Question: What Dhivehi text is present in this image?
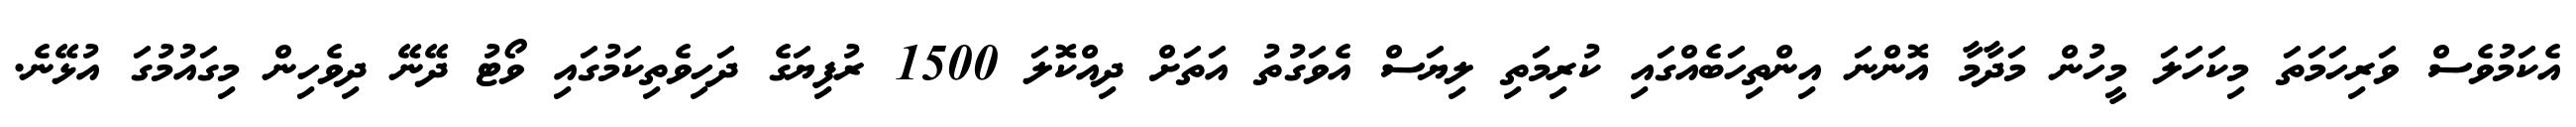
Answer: އެކަމުވެސް ވަރިހަމަތަ މިކަހަލަ މީހުން މަދާމާ އޮންނަ އިންތިހަބެއްގައި ކުރިމަތި ލިޔަސް އެވަގުތު އަތަށް ދިއްކޮލަ 1500 ރުފިޔަގެ ދަހިވެތިކަމުގައި ވޯޓު ދޭނޭ ދިވެހިން މިގައުމުގަ އުޅޭނެ.